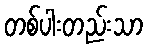
တစ်ပါးတည်းသာ